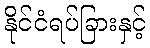
နိုင်ငံရပ်ခြားနှင့်